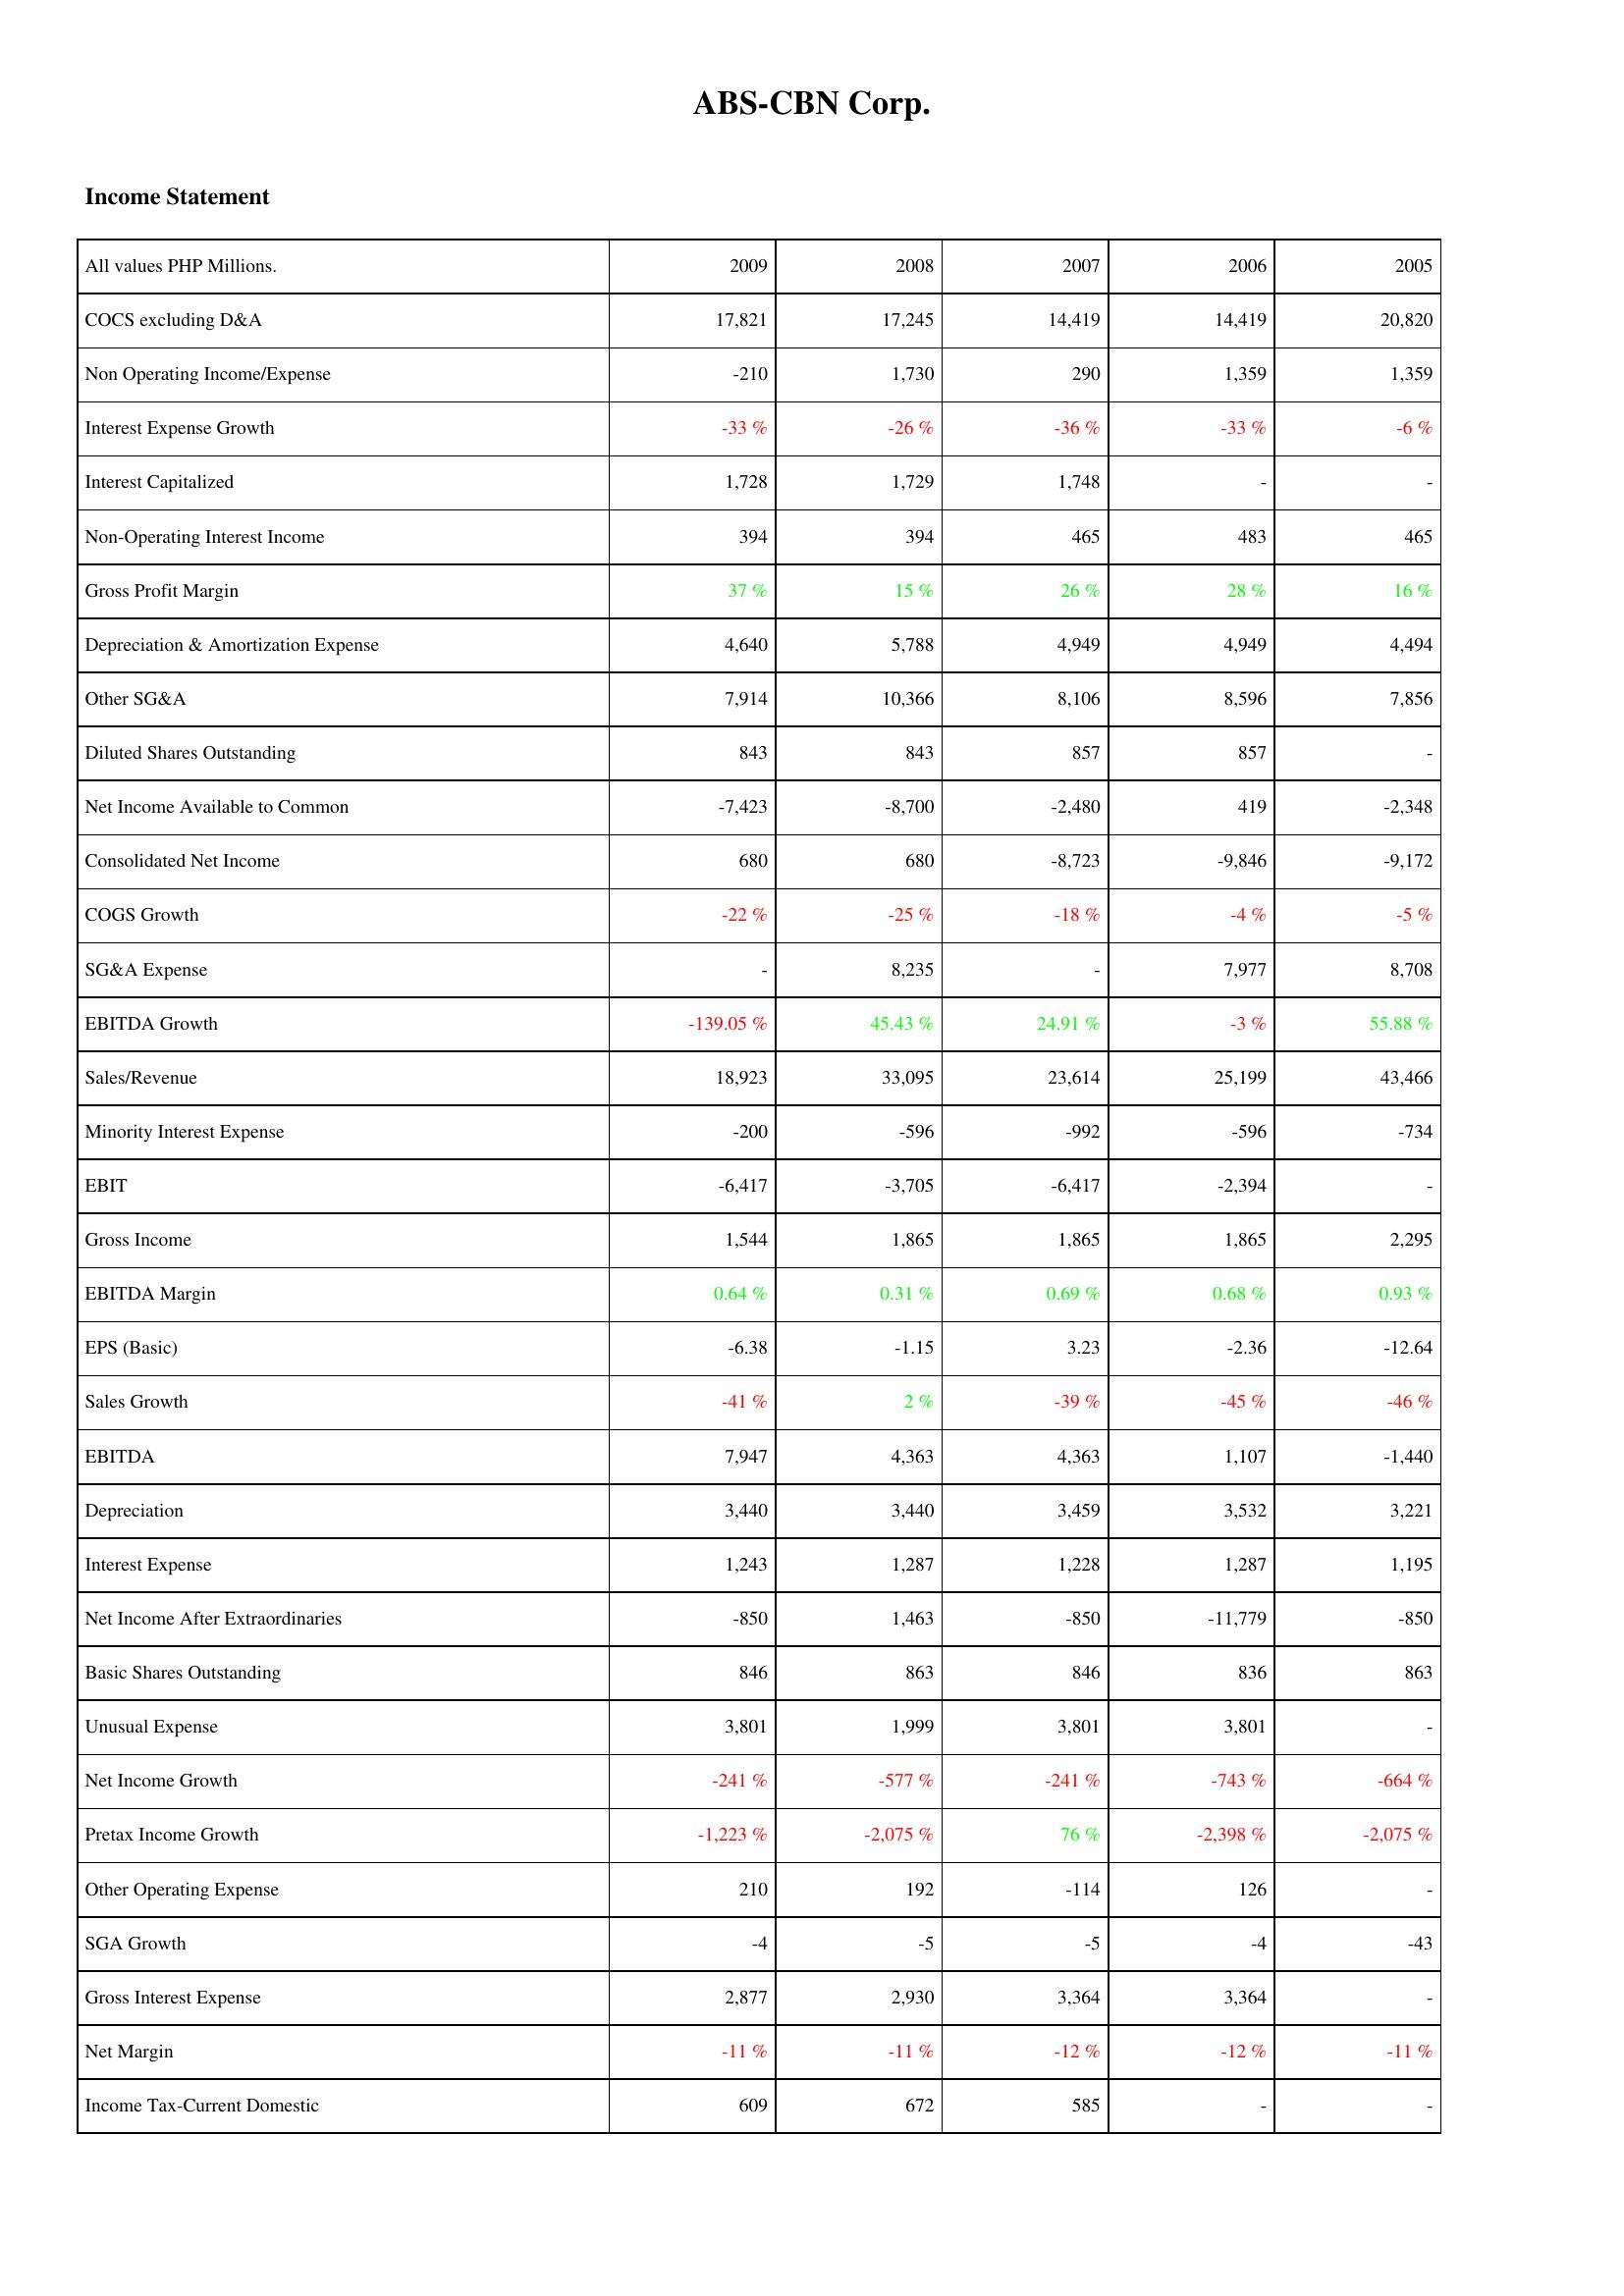
2009: Income Statement: COCS excluding D&A: 17,821
Non Operating Income/Expense: -210
Interest Expense Growth: -33 %
Interest Capitalized: 1,728
Non-Operating Interest Income: 394
Gross Profit Margin: 37 %
Depreciation & Amortization Expense: 4,640
Other SG&A: 7,914
Diluted Shares Outstanding: 843
Net Income Available to Common: -7,423
Consolidated Net Income: 680
COGS Growth: -22 %
SG&A Expense: -
EBITDA Growth: -139.05 %
Sales/Revenue: 18,923
Minority Interest Expense: -200
EBIT: -6,417
Gross Income: 1,544
EBITDA Margin: 0.64 %
EPS (Basic): -6.38
Sales Growth: -41 %
EBITDA: 7,947
Depreciation: 3,440
Interest Expense: 1,243
Net Income After Extraordinaries: -850
Basic Shares Outstanding: 846
Unusual Expense: 3,801
Net Income Growth: -241 %
Pretax Income Growth: -1,223 %
Other Operating Expense: 210
SGA Growth: -4
Gross Interest Expense: 2,877
Net Margin: -11 %
Income Tax-Current Domestic: 609
2008: Income Statement: COCS excluding D&A: 17,245
Non Operating Income/Expense: 1,730
Interest Expense Growth: -26 %
Interest Capitalized: 1,729
Non-Operating Interest Income: 394
Gross Profit Margin: 15 %
Depreciation & Amortization Expense: 5,788
Other SG&A: 10,366
Diluted Shares Outstanding: 843
Net Income Available to Common: -8,700
Consolidated Net Income: 680
COGS Growth: -25 %
SG&A Expense: 8,235
EBITDA Growth: 45.43 %
Sales/Revenue: 33,095
Minority Interest Expense: -596
EBIT: -3,705
Gross Income: 1,865
EBITDA Margin: 0.31 %
EPS (Basic): -1.15
Sales Growth: 2 %
EBITDA: 4,363
Depreciation: 3,440
Interest Expense: 1,287
Net Income After Extraordinaries: 1,463
Basic Shares Outstanding: 863
Unusual Expense: 1,999
Net Income Growth: -577 %
Pretax Income Growth: -2,075 %
Other Operating Expense: 192
SGA Growth: -5
Gross Interest Expense: 2,930
Net Margin: -11 %
Income Tax-Current Domestic: 672
2007: Income Statement: COCS excluding D&A: 14,419
Non Operating Income/Expense: 290
Interest Expense Growth: -36 %
Interest Capitalized: 1,748
Non-Operating Interest Income: 465
Gross Profit Margin: 26 %
Depreciation & Amortization Expense: 4,949
Other SG&A: 8,106
Diluted Shares Outstanding: 857
Net Income Available to Common: -2,480
Consolidated Net Income: -8,723
COGS Growth: -18 %
SG&A Expense: -
EBITDA Growth: 24.91 %
Sales/Revenue: 23,614
Minority Interest Expense: -992
EBIT: -6,417
Gross Income: 1,865
EBITDA Margin: 0.69 %
EPS (Basic): 3.23
Sales Growth: -39 %
EBITDA: 4,363
Depreciation: 3,459
Interest Expense: 1,228
Net Income After Extraordinaries: -850
Basic Shares Outstanding: 846
Unusual Expense: 3,801
Net Income Growth: -241 %
Pretax Income Growth: 76 %
Other Operating Expense: -114
SGA Growth: -5
Gross Interest Expense: 3,364
Net Margin: -12 %
Income Tax-Current Domestic: 585
2006: Income Statement: COCS excluding D&A: 14,419
Non Operating Income/Expense: 1,359
Interest Expense Growth: -33 %
Interest Capitalized: -
Non-Operating Interest Income: 483
Gross Profit Margin: 28 %
Depreciation & Amortization Expense: 4,949
Other SG&A: 8,596
Diluted Shares Outstanding: 857
Net Income Available to Common: 419
Consolidated Net Income: -9,846
COGS Growth: -4 %
SG&A Expense: 7,977
EBITDA Growth: -3 %
Sales/Revenue: 25,199
Minority Interest Expense: -596
EBIT: -2,394
Gross Income: 1,865
EBITDA Margin: 0.68 %
EPS (Basic): -2.36
Sales Growth: -45 %
EBITDA: 1,107
Depreciation: 3,532
Interest Expense: 1,287
Net Income After Extraordinaries: -11,779
Basic Shares Outstanding: 836
Unusual Expense: 3,801
Net Income Growth: -743 %
Pretax Income Growth: -2,398 %
Other Operating Expense: 126
SGA Growth: -4
Gross Interest Expense: 3,364
Net Margin: -12 %
Income Tax-Current Domestic: -
2005: Income Statement: COCS excluding D&A: 20,820
Non Operating Income/Expense: 1,359
Interest Expense Growth: -6 %
Interest Capitalized: -
Non-Operating Interest Income: 465
Gross Profit Margin: 16 %
Depreciation & Amortization Expense: 4,494
Other SG&A: 7,856
Diluted Shares Outstanding: -
Net Income Available to Common: -2,348
Consolidated Net Income: -9,172
COGS Growth: -5 %
SG&A Expense: 8,708
EBITDA Growth: 55.88 %
Sales/Revenue: 43,466
Minority Interest Expense: -734
EBIT: -
Gross Income: 2,295
EBITDA Margin: 0.93 %
EPS (Basic): -12.64
Sales Growth: -46 %
EBITDA: -1,440
Depreciation: 3,221
Interest Expense: 1,195
Net Income After Extraordinaries: -850
Basic Shares Outstanding: 863
Unusual Expense: -
Net Income Growth: -664 %
Pretax Income Growth: -2,075 %
Other Operating Expense: -
SGA Growth: -43
Gross Interest Expense: -
Net Margin: -11 %
Income Tax-Current Domestic: -